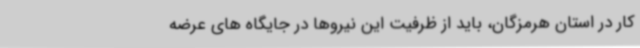
کار در استان هرمزگان، باید از ظرفیت این نیروها در جایگاه های عرضه